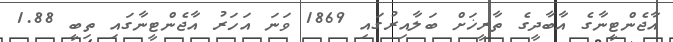
އާޖެންޓީނާގެ އާބާދީގެ ތާރީޚަށް ބަލާއިރުގައި 1869 ވަނަ އަހަރު އާޖެންޓީނާގައި ތިބީ 1.88